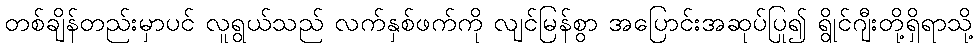
တစ်ချိန်တည်းမှာပင် လူရွယ်သည် လက်နှစ်ဖက်ကို လျင်မြန်စွာ အပြောင်းအဆုပ်ပြု၍ ရွိုင်ဂျီးတို့ရှိရာသို့